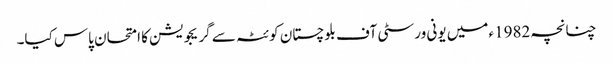
چنانچہ 1982ء میں یونی ورسٹی آف بلوچستان کوئٹہ سے گریجویشن کا امتحان پاس کیا۔